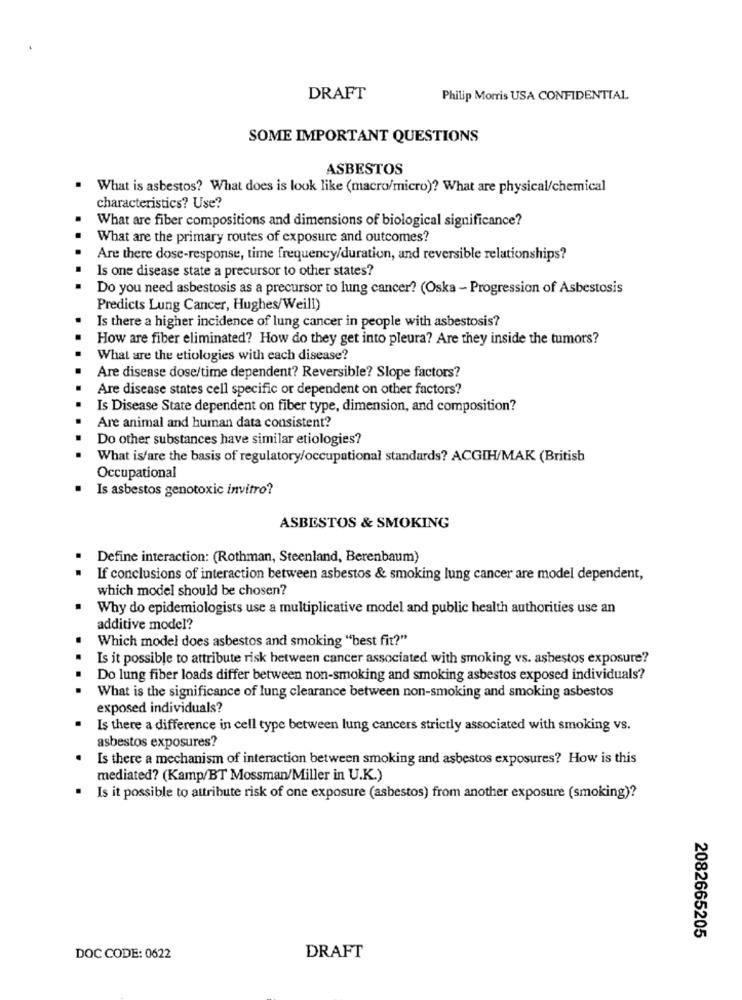
DRAFT
Philip Morris USA CONFIDENTIAL
SOME IMPORTANT QUESTIONS
ASBESTOS
What is asbestos? What does is look like (macro/micro)? What are physical/chemical
characteristics? Use?
What are fiber compositions and dimensions of biological significance?
What are the primary routes of exposure and outcomes?
Are there dose-response, time frequency/duration, and reversible relationships?
Is one disease state a precursor to other states?
Do you need asbestosis as a precursor to lung cancer? (Oska - Progression of Asbestosis
Predicts Lung Cancer, Hughes/Weill)
Is there a higher incidence of lung cancer in people with asbestosis?
How are fiber eliminated? How do they get into pleura? Are they inside the tumors?
What are the etiologies with each disease?
Are disease dose/time dependent? Reversible? Slope factors?
Are disease states cell specific or dependent on other factors?
Is Disease State dependent on fiber type, dimension, and composition?
Are animal and human data consistent?
Do other substances have similar etiologies?
What is/are the basis of regulatory/occupational standards? ACGIH/MAK (British
Occupational
Is asbestos genotoxic invitro?
ASBESTOS & SMOKING
Define interaction: (Rothman, Steenland, Berenbaum)
If conclusions of interaction between asbestos & smoking lung cancer are model dependent,
which model should be chosen?
Why do epidemiologists use a multiplicative model and public health authorities use an
additive model?
Which model does asbestos and smoking "best fit?"
Is it possible to attribute risk between cancer associated with smoking vs. asbestos exposure?
Do lung fiber loads differ between non-smoking and smoking asbestos exposed individuals?
What is the significance of lung clearance between non-smoking and smoking asbestos
exposed individuals?
Is there a difference in cell type between lung cancers strictly associated with smoking vs.
asbestos exposures?
Is there a mechanism of interaction between smoking and asbestos exposures? How is this
mediated? (Kamp/BT Mossman/Miller in U.K.)
Is it possible to attribute risk of one exposure (asbestos) from another exposure (smoking)?
2082665205
DOC CODE: 0622
DRAFT